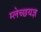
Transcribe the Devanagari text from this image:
म्लेच्छयज्ञ